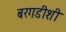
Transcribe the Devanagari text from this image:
बरगडीशी